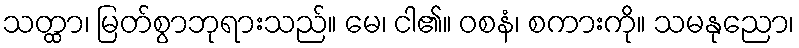
သတ္ထာ၊ မြတ်စွာဘုရားသည်။ မေ၊ ငါ၏။ ဝစနံ၊ စကားကို။ သမနုညော၊